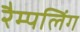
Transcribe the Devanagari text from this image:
रैम्पलिंग